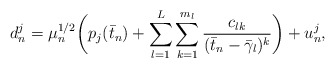
\begin{align*}d_n^j = \mu_n^{1/2}\bigg(p_j (\bar t_n) +\sum_{l=1}^L \sum_{k=1}^{m_l} \frac{c_{lk}}{(\bar t_n -\bar \gamma_l)^{k}}\bigg) +u_n^j,\end{align*}